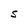
Character: S